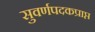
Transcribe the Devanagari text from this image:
सुवर्णपदकप्राप्त